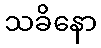
သခိနော